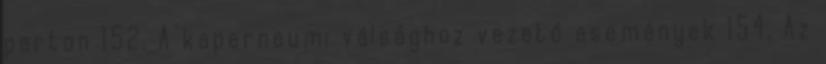
parton 152. A kapernaumi válsághoz vezető események 154. Az